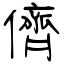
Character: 儕